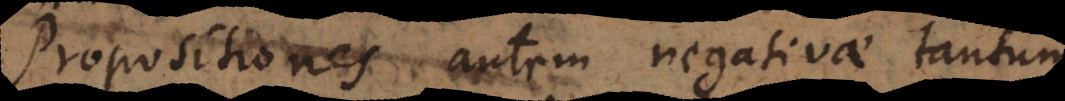
Propositiones autem negativae tantum